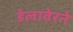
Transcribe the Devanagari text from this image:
डेलावेरने